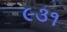
૯૩૧